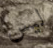
ليس